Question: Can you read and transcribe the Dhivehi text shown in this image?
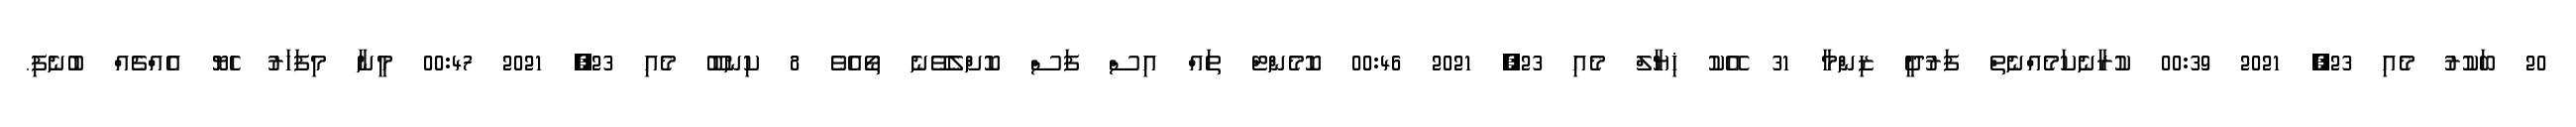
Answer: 20 ބަކުރު މެއި 23, 2021 00:39 ކުރާނެކަމެއްނެތް ފަރުދީ ޒިންމާ 31 އޭކު ޚިޔާލް މެއި 23, 2021 00:46 ކޮމެންޓް ތައް އިސް ފަސް ކޮށްލެވޭނެ ތޯއެވެ 8 ކިނބޫ މެއި 23, 2021 00:47 މީނާ މިފަހަރު ހެޔޮ އެއްޗެއް ބުނެފި.